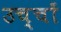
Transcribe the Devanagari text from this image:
उच्चों